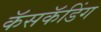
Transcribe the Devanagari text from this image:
कॅसकॅडिंग